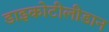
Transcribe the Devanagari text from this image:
डाइकोटीलीडान